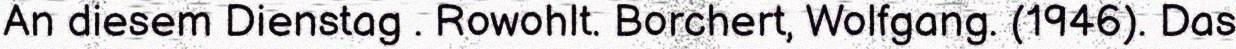
An diesem Dienstag . Rowohlt. Borchert, Wolfgang. (1946). Das